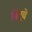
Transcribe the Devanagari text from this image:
सिटूचे